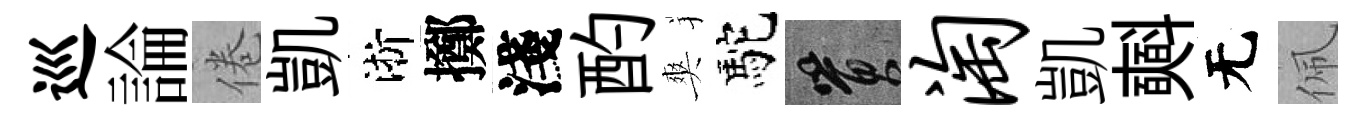
巡論倦凱淅擲淺酌爽駝篔淘凱𣂏无佩